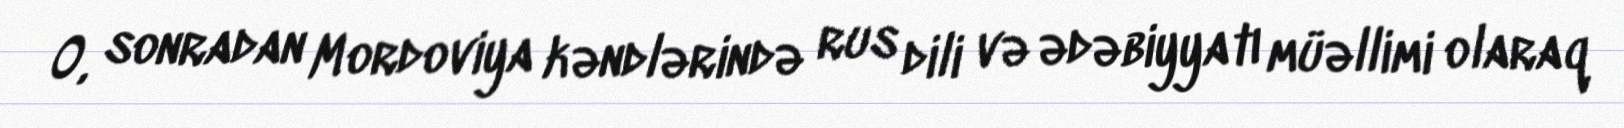
O, sonradan Mordoviya kəndlərində rus dili və ədəbiyyatı müəllimi olaraq